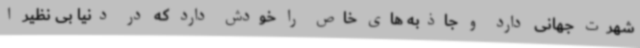
شهرت جهانی دارد و جاذبه های خاص را خودش دارد که در دنیا بی نظیر ا